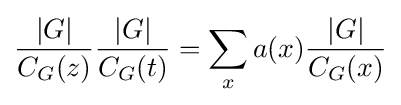
{\frac {|G|}{C_{G}(z)}}{\frac {|G|}{C_{G}(t)}}=\sum _{x}a(x){\frac {|G|}{C_{G}(x)}}